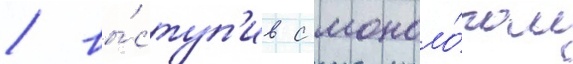
/ вы́ступ'ив с моноло́гом